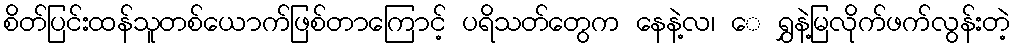
စိတ်ပြင်းထန်သူတစ်ယောက်ဖြစ်တာကြောင့် ပရိသတ်တွေက နေနဲ့လ၊ ေ ရွှနဲ့မြလိုက်ဖက်လွန်းတဲ့